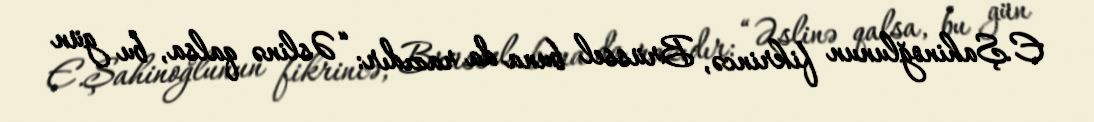
E.Şahinoğlunun fikrincə, Brüssel buna da razıdır: “Əslinə qalsa, bu gün